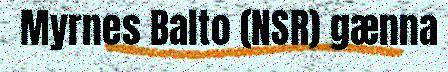
Myrnes Balto (NSR) gænna